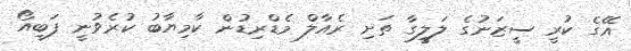
އޭގެ ކުރީ ސީޒަނުގެ ލަލީގާ ތަށި ރެއާލް މެޑްރިޑުން ކާމިޔާބު ކުރެވުނީ ފަބިއޯ